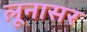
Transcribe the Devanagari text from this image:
लूनासर